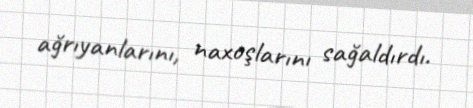
ağrıyanlarını, naxoşlarını sağaldırdı.